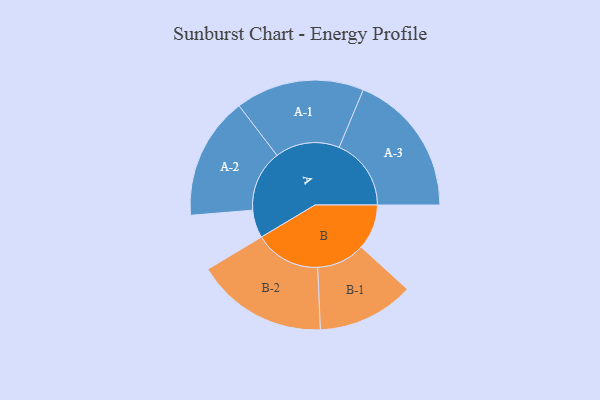
{"axis": {"x": "Segment", "y": "Value"}, "legend": ["", "A", "B"], "data": [{"x": "A", "y": 110, "type": ""}, {"x": "B", "y": 178, "type": ""}, {"x": "A-1", "y": 253, "type": "A"}, {"x": "A-2", "y": 241, "type": "A"}, {"x": "A-3", "y": 283, "type": "A"}, {"x": "B-1", "y": 190, "type": "B"}, {"x": "B-2", "y": 259, "type": "B"}]}